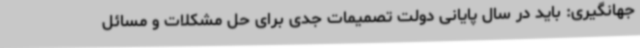
جهانگیری: باید در سال پایانی دولت تصمیمات جدی برای حل مشکلات و مسائل